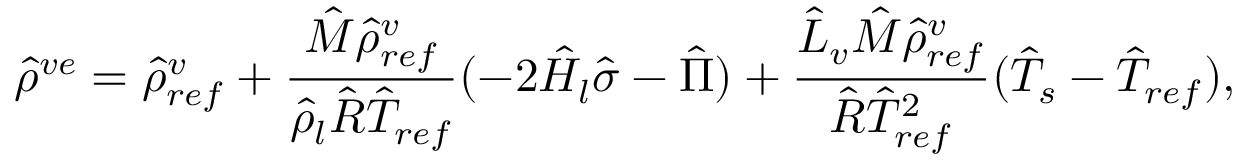
\hat { \rho } ^ { v e } = \hat { \rho } _ { r e f } ^ { v } + \frac { \hat { M } \hat { \rho } _ { r e f } ^ { v } } { \hat { \rho } _ { l } \hat { R } \hat { T } _ { r e f } } ( - 2 \hat { H } _ { l } \hat { \sigma } - \hat { \Pi } ) + \frac { \hat { L } _ { v } \hat { M } \hat { \rho } _ { r e f } ^ { v } } { \hat { R } \hat { T } _ { r e f } ^ { 2 } } ( \hat { T } _ { s } - \hat { T } _ { r e f } ) ,